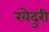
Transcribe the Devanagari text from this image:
खेदुरी